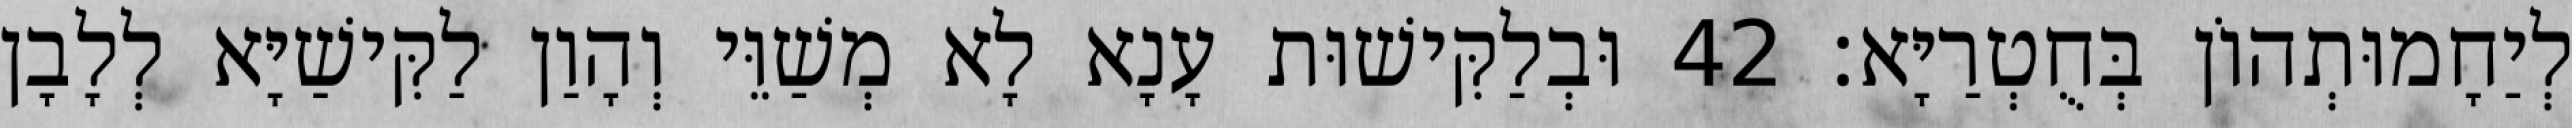
לְיַחָמוּתְהוֹן בְּחֻטְרַיָּא׃ 42 וּבְלַקִּישׁוּת עָנָא לָא מְשַׁוֵּי וְהָוַן לַקִּישַׁיָּא לְלָבָן